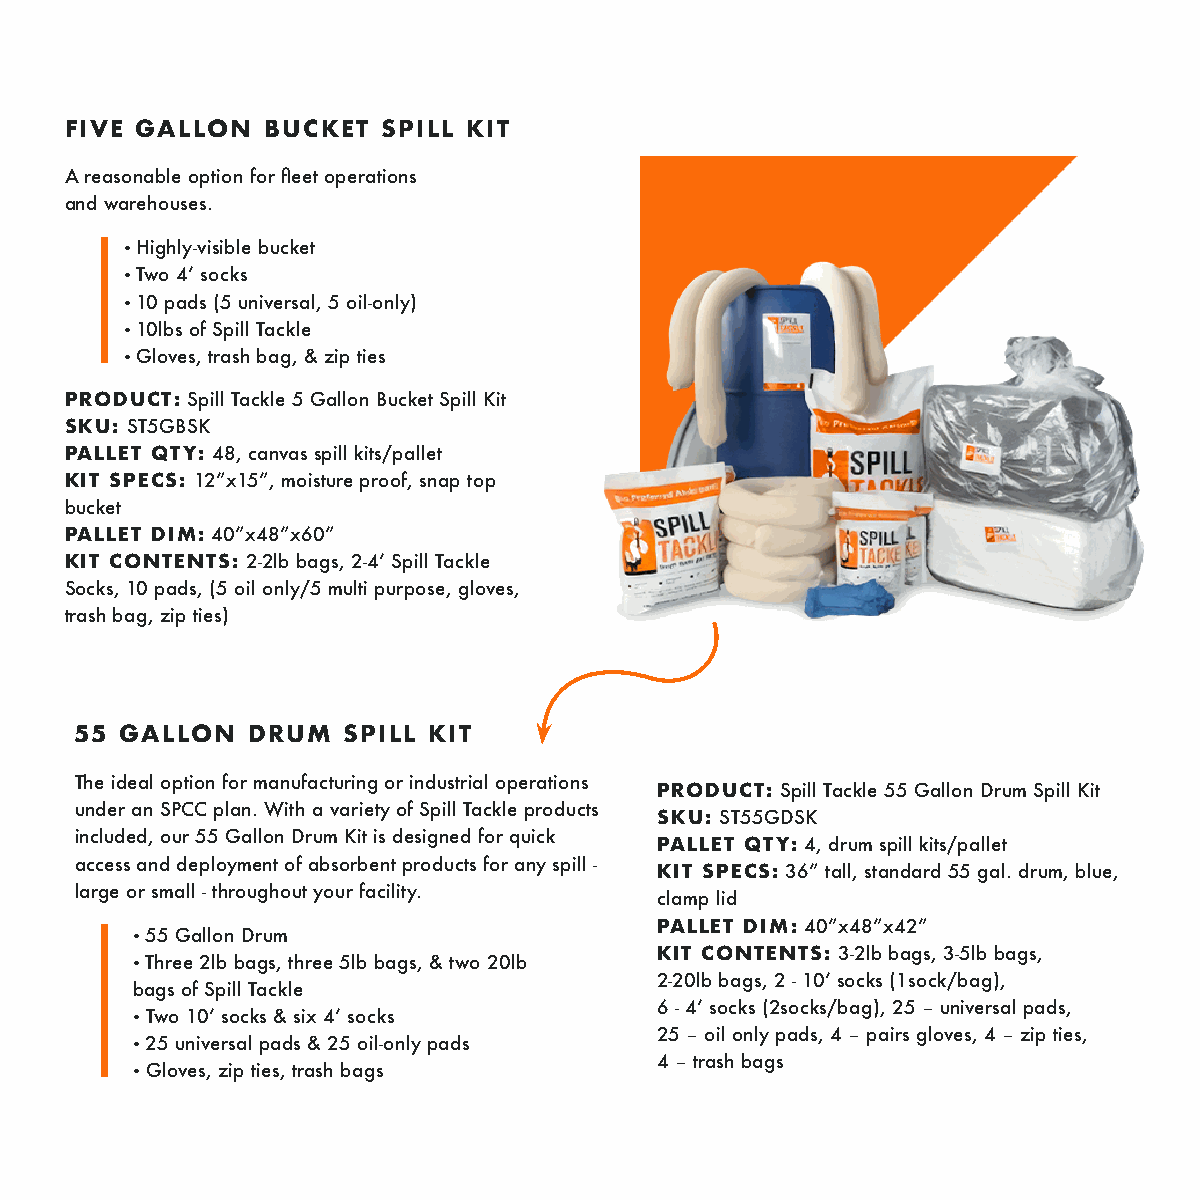
FIVE GALLON  BUCKET  SPILL KIT
 A reasonable option for fleet operations
 and warehouses.
 • Highly-visible bucket
 • Two 4’ socks
 • 10 pads (5 universal, 5 oil-only)
 • 10lbs of Spill Tackle
 • Gloves, trash bag, & zip ties
 PRODUCT: Spill Tackle 5 Gallon Bucket Spill Kit
 SKU: ST5GBSK
 PALLET QTY: 48, canvas spill kits/pallet
 KIT SPECS: 12”x15”, moisture proof, snap top
 bucket
 PALLET DIM: 40”x48”x60”
 KIT CONTENTS: 2-2lb bags, 2-4’ Spill Tackle
 Socks, 10 pads, (5 oil only/5 multi purpose, gloves,
 trash bag, zip ties)
 55 GALLON  DRUM   SPILL KIT
 The ideal option for manufacturing or industrial operations
 PRODUCT: Spill Tackle 55 Gallon Drum Spill Kit
 under an SPCC plan. With a variety of Spill Tackle products
 SKU: ST55GDSK
 included, our 55 Gallon Drum Kit is designed for quick
 PALLET QTY: 4, drum spill kits/pallet
 access and deployment of absorbent products for any spill -
 KIT SPECS: 36” tall, standard 55 gal. drum, blue,
 large or small - throughout your facility.
 clamp lid
 PALLET DIM: 40”x48”x42”
 • 55 Gallon Drum
 KIT CONTENTS: 3-2lb bags, 3-5lb bags,
 • Three 2lb bags, three 5lb bags, & two 20lb
 2-20lb bags, 2 - 10’ socks (1sock/bag),
 bags of Spill Tackle
 6 - 4’ socks (2socks/bag), 25 – universal pads,
 • Two 10’ socks & six 4’ socks
 25 – oil only pads, 4 – pairs gloves, 4 – zip ties,
 • 25 universal pads & 25 oil-only pads
 4 – trash bags
 • Gloves, zip ties, trash bags